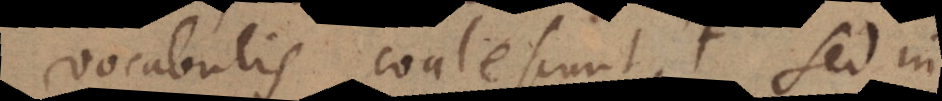
vocabulis coalescunt, sed in